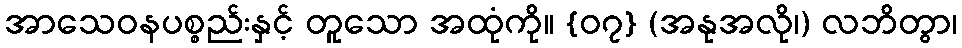
အာသေဝနပစ္စည်းနှင့် တူသော အထုံကို။ {၀၇} (အနုအလို၊) လဘိတွာ၊